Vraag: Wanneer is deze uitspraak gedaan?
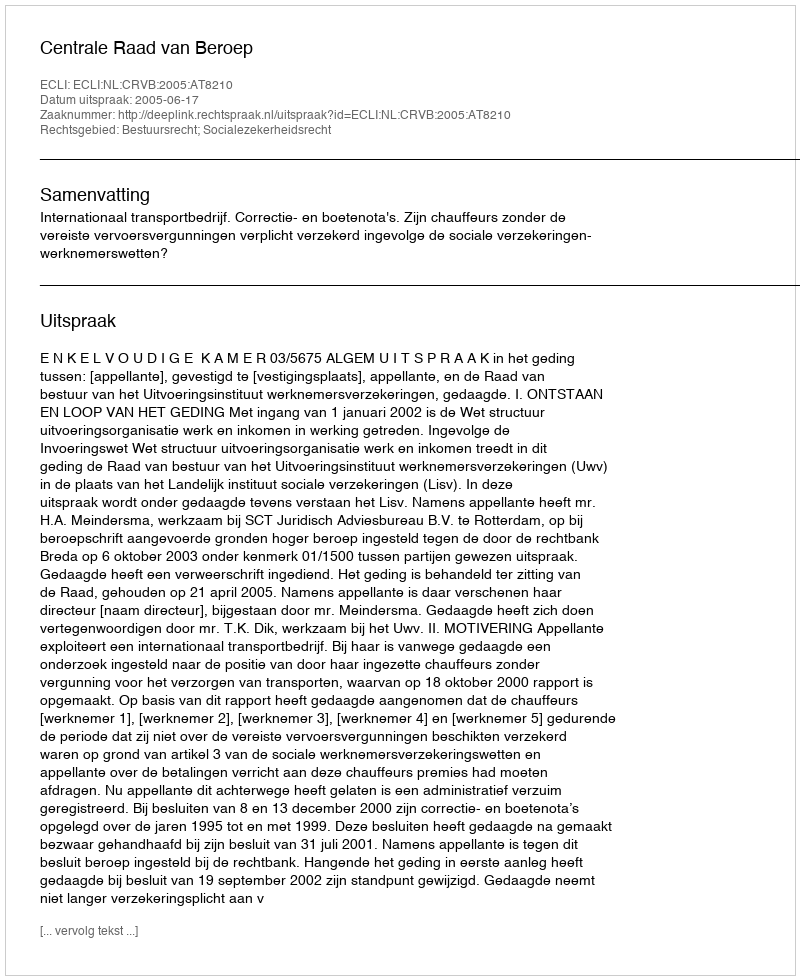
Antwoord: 2005-06-17